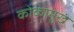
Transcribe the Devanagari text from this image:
कोकामुखं